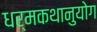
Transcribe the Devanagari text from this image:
धर्मकथानुयोग